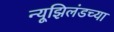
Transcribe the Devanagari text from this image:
न्यूझिलंडच्या